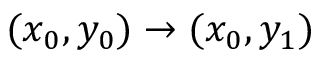
( x _ { 0 } , y _ { 0 } ) \rightarrow ( x _ { 0 } , y _ { 1 } )